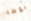
بوظة